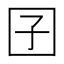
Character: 囝